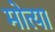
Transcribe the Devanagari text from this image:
मोत्या